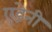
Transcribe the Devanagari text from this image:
एडेनी